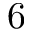
6